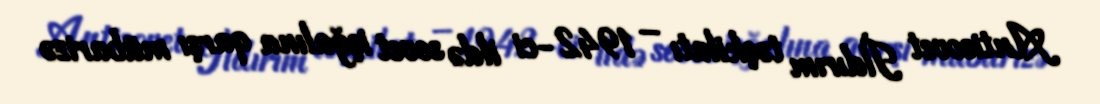
Antisovet İldırım təşkilatı – 1942-ci ildə sovet işğalına qarşı mübarizə